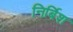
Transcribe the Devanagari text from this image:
निर्बिश